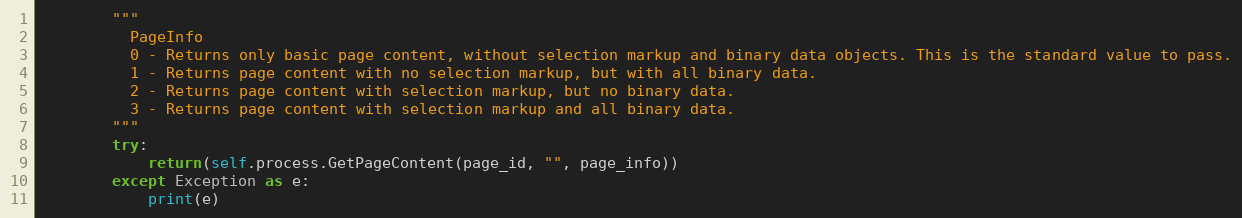
Language: Python
        """
          PageInfo
          0 - Returns only basic page content, without selection markup and binary data objects. This is the standard value to pass.
          1 - Returns page content with no selection markup, but with all binary data.
          2 - Returns page content with selection markup, but no binary data.
          3 - Returns page content with selection markup and all binary data.
        """
        try:
            return(self.process.GetPageContent(page_id, "", page_info))
        except Exception as e:
            print(e)